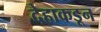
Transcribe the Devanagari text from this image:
देहाकडून